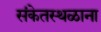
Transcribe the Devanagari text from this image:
संकेतस्थळाना